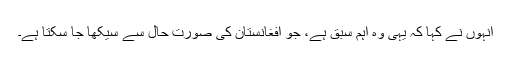
انہوں نے کہا کہ یہی وہ اہم سبق ہے، جو افغانستان کی صورت حال سے سیکھا جا سکتا ہے۔